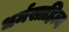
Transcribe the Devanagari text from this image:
धर्मसाहित्य